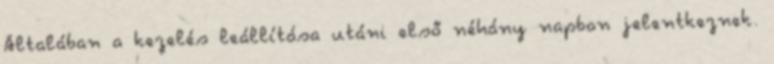
Általában a kezelés leállítása utáni első néhány napban jelentkeznek.